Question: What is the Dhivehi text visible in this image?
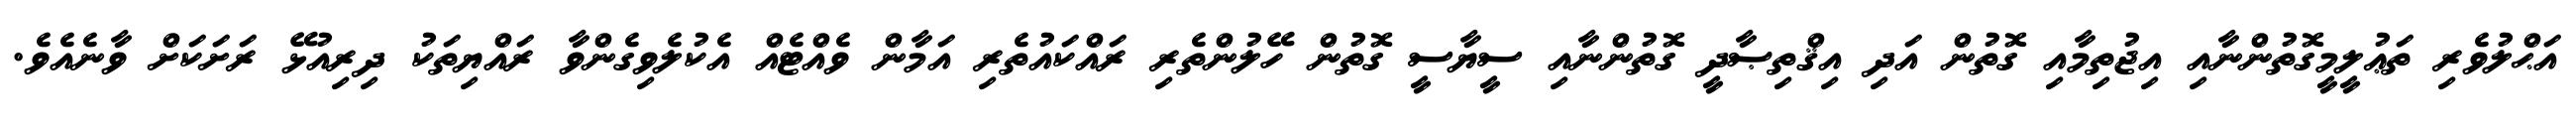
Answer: އަޙްލުވެރި ތަޢުލީމީގޮތުންނާއި އިޖުތިމާއި ގޮތުން އަދި އިޤްތިޞާދީ ގޮތުންނާއި ސީޔާސީ ގޮތުން ހޭލުންތެރި ރައްކައުތެރި އަމާން ވެއްޓެއް އެކުލެވިގެންވާ ރައްޔިތަކު ދިރިއުޅޭ ރަށަކަށް ވާނެއެވެ.